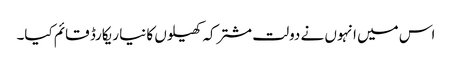
اس میں انہوں نے دولت مشترکہ کھیلوں کا نیا ریکارڈ قائم کیا۔